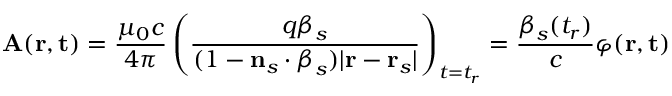
\mathbf { A } ( \mathbf { r } , \mathbf { t } ) = { \frac { \mu _ { 0 } c } { 4 \pi } } \left( { \frac { q { \boldsymbol { \beta } } _ { s } } { ( 1 - \mathbf { n } _ { s } \cdot { \boldsymbol { \beta } } _ { s } ) | \mathbf { r } - \mathbf { r } _ { s } | } } \right) _ { t = t _ { r } } = { \frac { { \boldsymbol { \beta } } _ { s } ( t _ { r } ) } { c } } \varphi ( \mathbf { r } , \mathbf { t } )